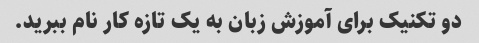
دو تکنیک برای آموزش زبان به یک تازه کار نام ببرید.